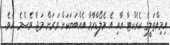
އިމިއްތަލީގެ ކެރެކްޓާ އާއި އެ މެލޯޑްރާމާ އެއްބަޔަކަށް ވަރަށް މަޖާ ވެސްމެ އެވެ.